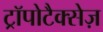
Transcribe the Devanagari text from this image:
ट्रॉपोटैक्सेज़